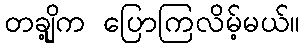
တချို့က ပြောကြလိမ့်မယ်။